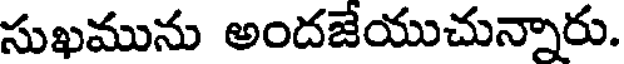
సుఖమును అందజేయుచున్నారు.